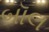
બૉલ